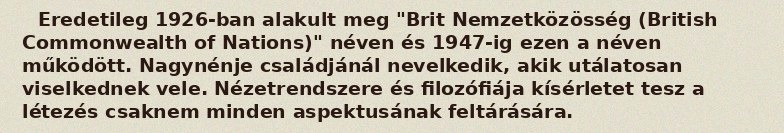
Eredetileg 1926-ban alakult meg "Brit Nemzetközösség (British Commonwealth of Nations)" néven és 1947-ig ezen a néven működött. Nagynénje családjánál nevelkedik, akik utálatosan viselkednek vele. Nézetrendszere és filozófiája kísérletet tesz a létezés csaknem minden aspektusának feltárására.